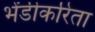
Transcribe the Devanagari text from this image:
भेंडीकरिता